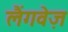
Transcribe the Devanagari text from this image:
लैंगवेज़